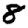
Digit: 8